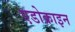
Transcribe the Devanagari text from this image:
एडोक्राइन